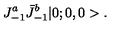
J _ { - 1 } ^ { a } \bar { J } _ { - 1 } ^ { b } | 0 ; 0 , 0 > .